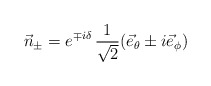
\begin{align*}\vec{n}_{\pm} = e^{\mp i \delta } \, \frac{1}{\sqrt{2}} ( \vec{e}_{\theta} \pm i \vec{e}_{\phi} ) \end{align*}